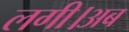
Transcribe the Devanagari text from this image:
लगी।अब